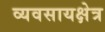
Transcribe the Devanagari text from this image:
व्यवसायक्षेत्र